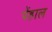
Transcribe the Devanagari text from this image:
पेंहाल